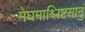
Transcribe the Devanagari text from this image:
मेघमाश्लिष्टसानुं